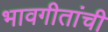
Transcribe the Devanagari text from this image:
भावगीतांची